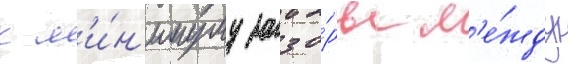
к м'и́н'имуму зазо́ры м'е́жду